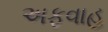
અફવાહ